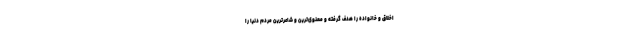
اخلاق و خانواده را هدف گرفته و معنوی‌ترین و شاعرترین مردم دنیا را